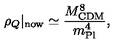
\rho _ { Q } \vert _ { \mathrm { n o w } } \simeq \frac { M _ { \mathrm { C D M } } ^ { 8 } } { m _ { \mathrm { P l } } ^ { 4 } } ,